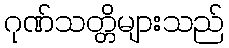
ဂုဏ်သတ္တိများသည်